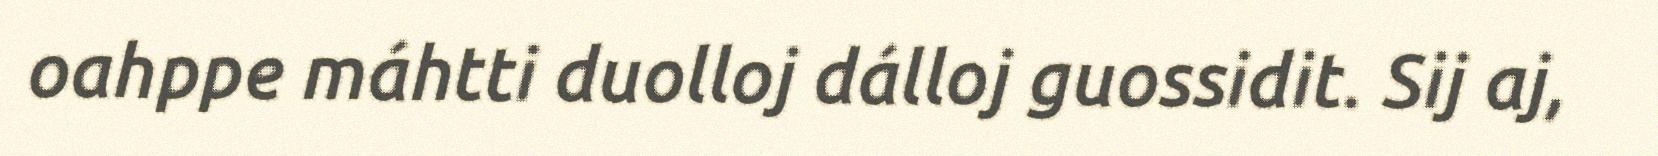
oahppe máhtti duolloj dálloj guossidit. Sij aj,